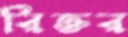
রিক্তর